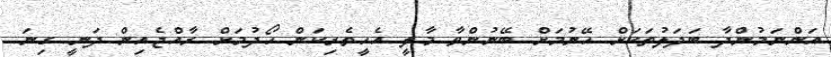
އަންނަމުންދާ ބަދަލުތަކަށް ހޭނުމަށް ބޭނުންވާ މާލީ އެހީތެރިކަން ހޯދުމަށް ރާއްޖެއިން ދަނީ ގިނަ